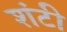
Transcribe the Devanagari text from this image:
शंटी